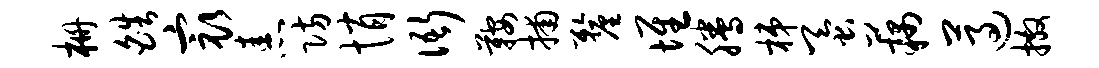
栅皓最恚防悄衙鞍捕厘堆腾梯蚕藕遵撒